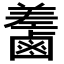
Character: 𪉵